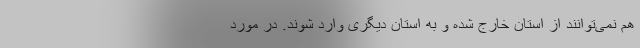
هم نمی‌توانند از استان خارج شده و به استان دیگری وارد شوند. در مورد